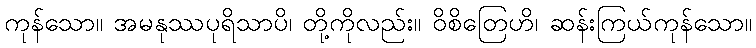
ကုန်သော။ အမနုဿပုရိသာပိ၊ တို့ကိုလည်း။ ဝိစိတြေဟိ၊ ဆန်းကြယ်ကုန်သော။